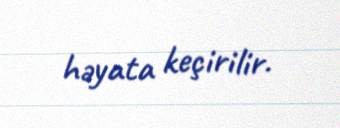
həyata keçirilir.